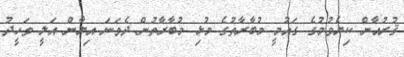
ޤުރުއާން ކިޔެވުމުގެ ގައުމީ މުބާރާތުގެ މުޅި މުބާރާތުން ދެވަނަ އިޔާން އަލީ ވަހީދު